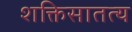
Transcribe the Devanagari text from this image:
शक्तिसातत्य